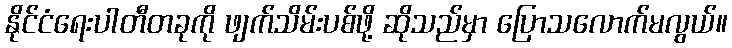
နိုင်ငံရေးပါတီတခုကို ဖျက်သိမ်းပစ်ဖို့ ဆိုသည်မှာ ပြောသလောက်မလွယ်။